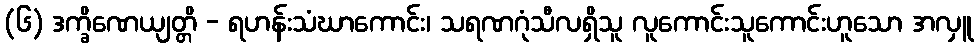
(၆) ဒက္ခိဏေယျတ္တိ - ရဟန်းသံဃာကောင်း၊ သရဏဂုံသီလရှိသူ လူကောင်းသူကောင်းဟူသော အလှူ